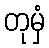
တုမှံ